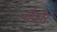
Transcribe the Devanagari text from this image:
चौकौर